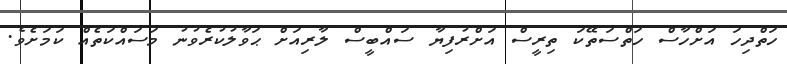
ހަތްދިހަ އަށްހާސް ހަތްސަތޭކަ ތިރީސް އަށްރުފިޔާ ސައްބީސް ލާރިއަށް ޙަވާލުކުރެވުނު މަސައްކަތެއް ކަމަށެވެ.